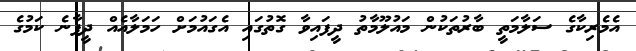
އެމެރިކާގެ ސަލާމަތީ ބާރުތަކުން މައުލޫމާތު ދީފައިވާ ގޮތުގައި އެގައުމަށް ހަމަލާއެއް ދީފާނެ ކަމުގެ